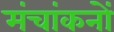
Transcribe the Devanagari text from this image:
मंचांकनों